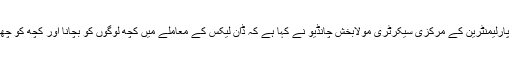
29 اپریل2017ء)پاکستان پیپلزپارٹی پارلیمنٹرین کے مرکزی سیکرٹری مولابخش چانڈیو نے کہا ہے کہ ڈان لیکس کے معاملے میں کچھ لوگوں کو بچانا اور کچھ کو چھپانا جمہوریت کے مفاد میں نہیں ہے ۔